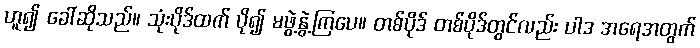
ဟူ၍ ခေါ်ဆိုသည်။ သုံးပိုဒ်ထက် ပို၍ မဖွဲ့နွဲ့ကြပေ။ တစ်ပိုဒ် တစ်ပိုဒ်တွင်လည်း ပါဒ အရေအတွက်